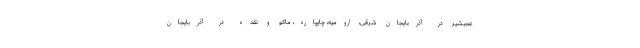
عجبشیر در آذربایجان شرقی، ارومیه، چایپاره، ماکو و نقده در آذربایجان